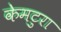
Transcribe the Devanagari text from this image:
केमटुरा